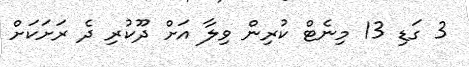
3 ގަޑި 13 މިނެޓް ކުރިން ވިލާ އަށް ދޫކުރި ދެ ރަށަކަށް